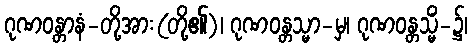
ဂုဏဝန္တာနံ-တို့အား(တို့၏)၊ ဂုဏဝန္တသ္မာ-မှ၊ ဂုဏဝန္တသ္မိံ-၌၊